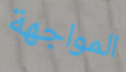
المواجهة